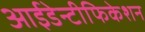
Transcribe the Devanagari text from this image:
आईडेन्टीफिकेशन